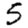
Digit: 5